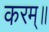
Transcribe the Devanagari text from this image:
करम्॥